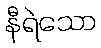
နီရဲသော